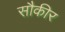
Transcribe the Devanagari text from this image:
सौकीर